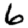
Digit: 6